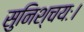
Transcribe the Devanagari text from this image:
सुनिश्चयः।